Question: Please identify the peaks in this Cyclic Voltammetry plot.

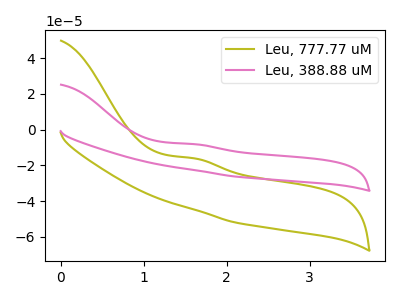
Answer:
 <answer>The olive curve "Leu, 777.77 uM" has an anodic peak at: (1.60V, -16.05uA). The pink curve "Leu, 388.88 uM" has an anodic peak at: (1.60V, -8.10uA).</answer>
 <eval></eval>